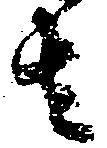
者